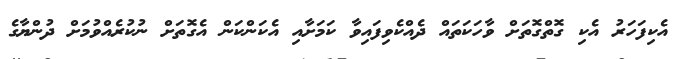
އެކިފަހަރު އެކި ގޮތްގޮތަށް ވާހަކަތައް ދެއްކެވިފައިވާ ކަމަށާއި އެކަންކަން އެގޮތަށް ނުކުރެއްވުމަށް ދުންޔާގެ